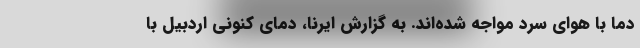
دما با هوای سرد مواجه شده‌اند. به گزارش ایرنا، دمای کنونی اردبیل با